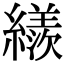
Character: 𦆀